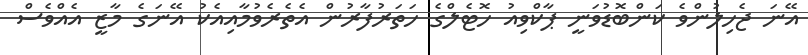
އޭނަ ޖެހިލުންވެ ކަންބޮޑުވަނީ ޕާކްވިއު ހޮޓެލްގެ ހަތަރުފާރުން އެތެރެވުމާއިއެކު އޭނަގެ މާޒީ އެއްވެސް